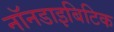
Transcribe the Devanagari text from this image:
नॉनडाइबिटिक